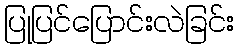
ပြုပြင်ပြောင်းလဲခြင်း